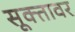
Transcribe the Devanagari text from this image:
सूक्तावर